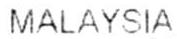
MALAYSIA